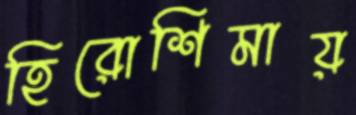
হিরোশিমায়